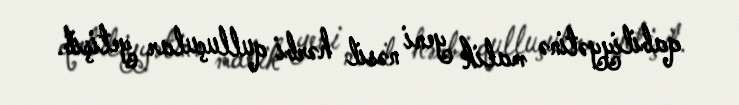
qabiliyyətinə malik yeni nəsil hərbi qulluçular yetişib.